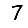
Digit: 7